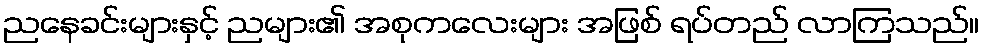
ညနေခင်းများနှင့် ညများ၏ အစုကလေးများ အဖြစ် ရပ်တည် လာကြသည်။